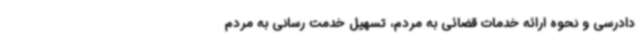
دادرسی و نحوه ارائه خدمات قضائی به مردم، تسهیل خدمت رسانی به مردم